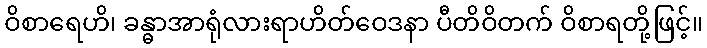
ဝိစာရေဟိ၊ ခန္ဓာအာရုံလားရာဟိတ်ဝေဒနာ ပီတိဝိတက် ဝိစာရတို့ဖြင့်။